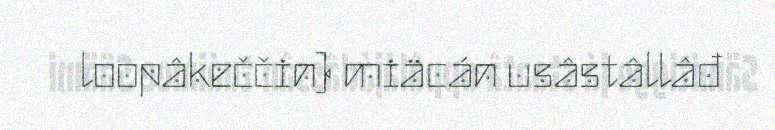
loopâkeččin) miäcán usâstâllâđ